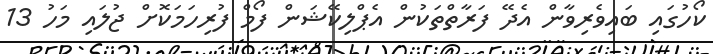
ކޯހުގައި ބައިވެރިވާން އެދޭ ފަރާތްތަކުން އެޕްލިކޭޝަން ފޯމް ފުރިހަމަކޮށް ޖުލައި މަހު 13